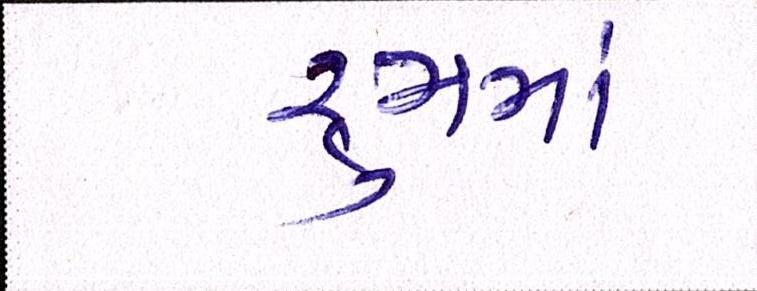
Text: રૃમમાં